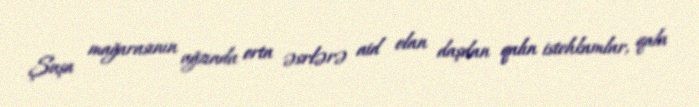
Şuşa mağarasının ağzında orta əsrlərə aid olan daşdan qalın istehkamlar, qala